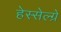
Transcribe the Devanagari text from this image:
हेस्सेल्ग्रें